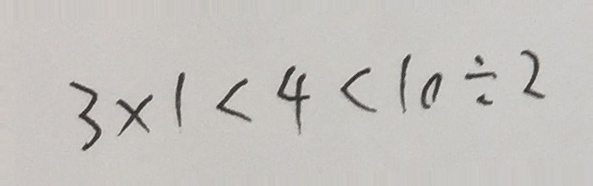
3 \times 1 < 4 < 1 0 \div 2